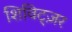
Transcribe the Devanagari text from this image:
शिविट्ज़र